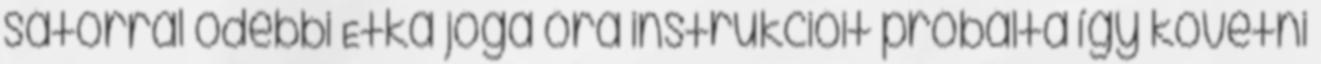
sátorral odébbi Etka jóga óra instrukcióit próbálta így követni